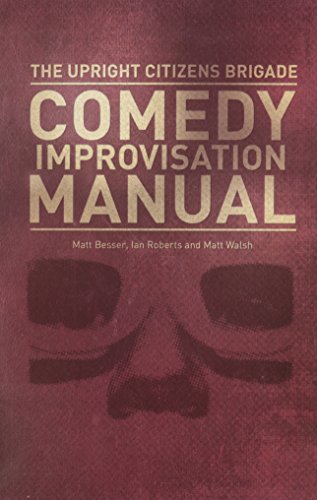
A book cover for Upright Citizens Brigade Comedy Improvisation Manual; Matt Walsh; Humor & Entertainment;